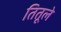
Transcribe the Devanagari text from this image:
तितूले